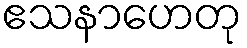
ဧသနာဟေတု